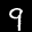
Label: 9